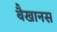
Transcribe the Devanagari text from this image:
बैखानस